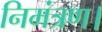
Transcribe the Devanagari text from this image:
निमंत्रण।